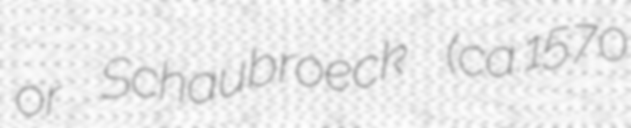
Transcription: or Schaubroeck (ca.1570